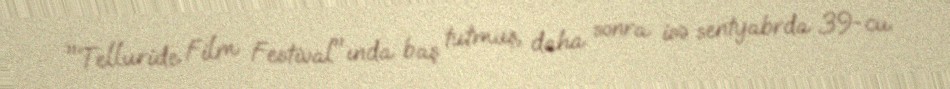
"Telluride Film Festival"ında baş tutmuş, daha sonra isə sentyabrda 39-cu